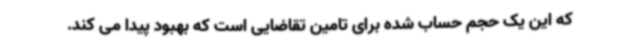
که این یک حجم حساب شده برای تامین تقاضایی است که بهبود پیدا می کند.